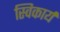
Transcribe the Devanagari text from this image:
स्विकार्य